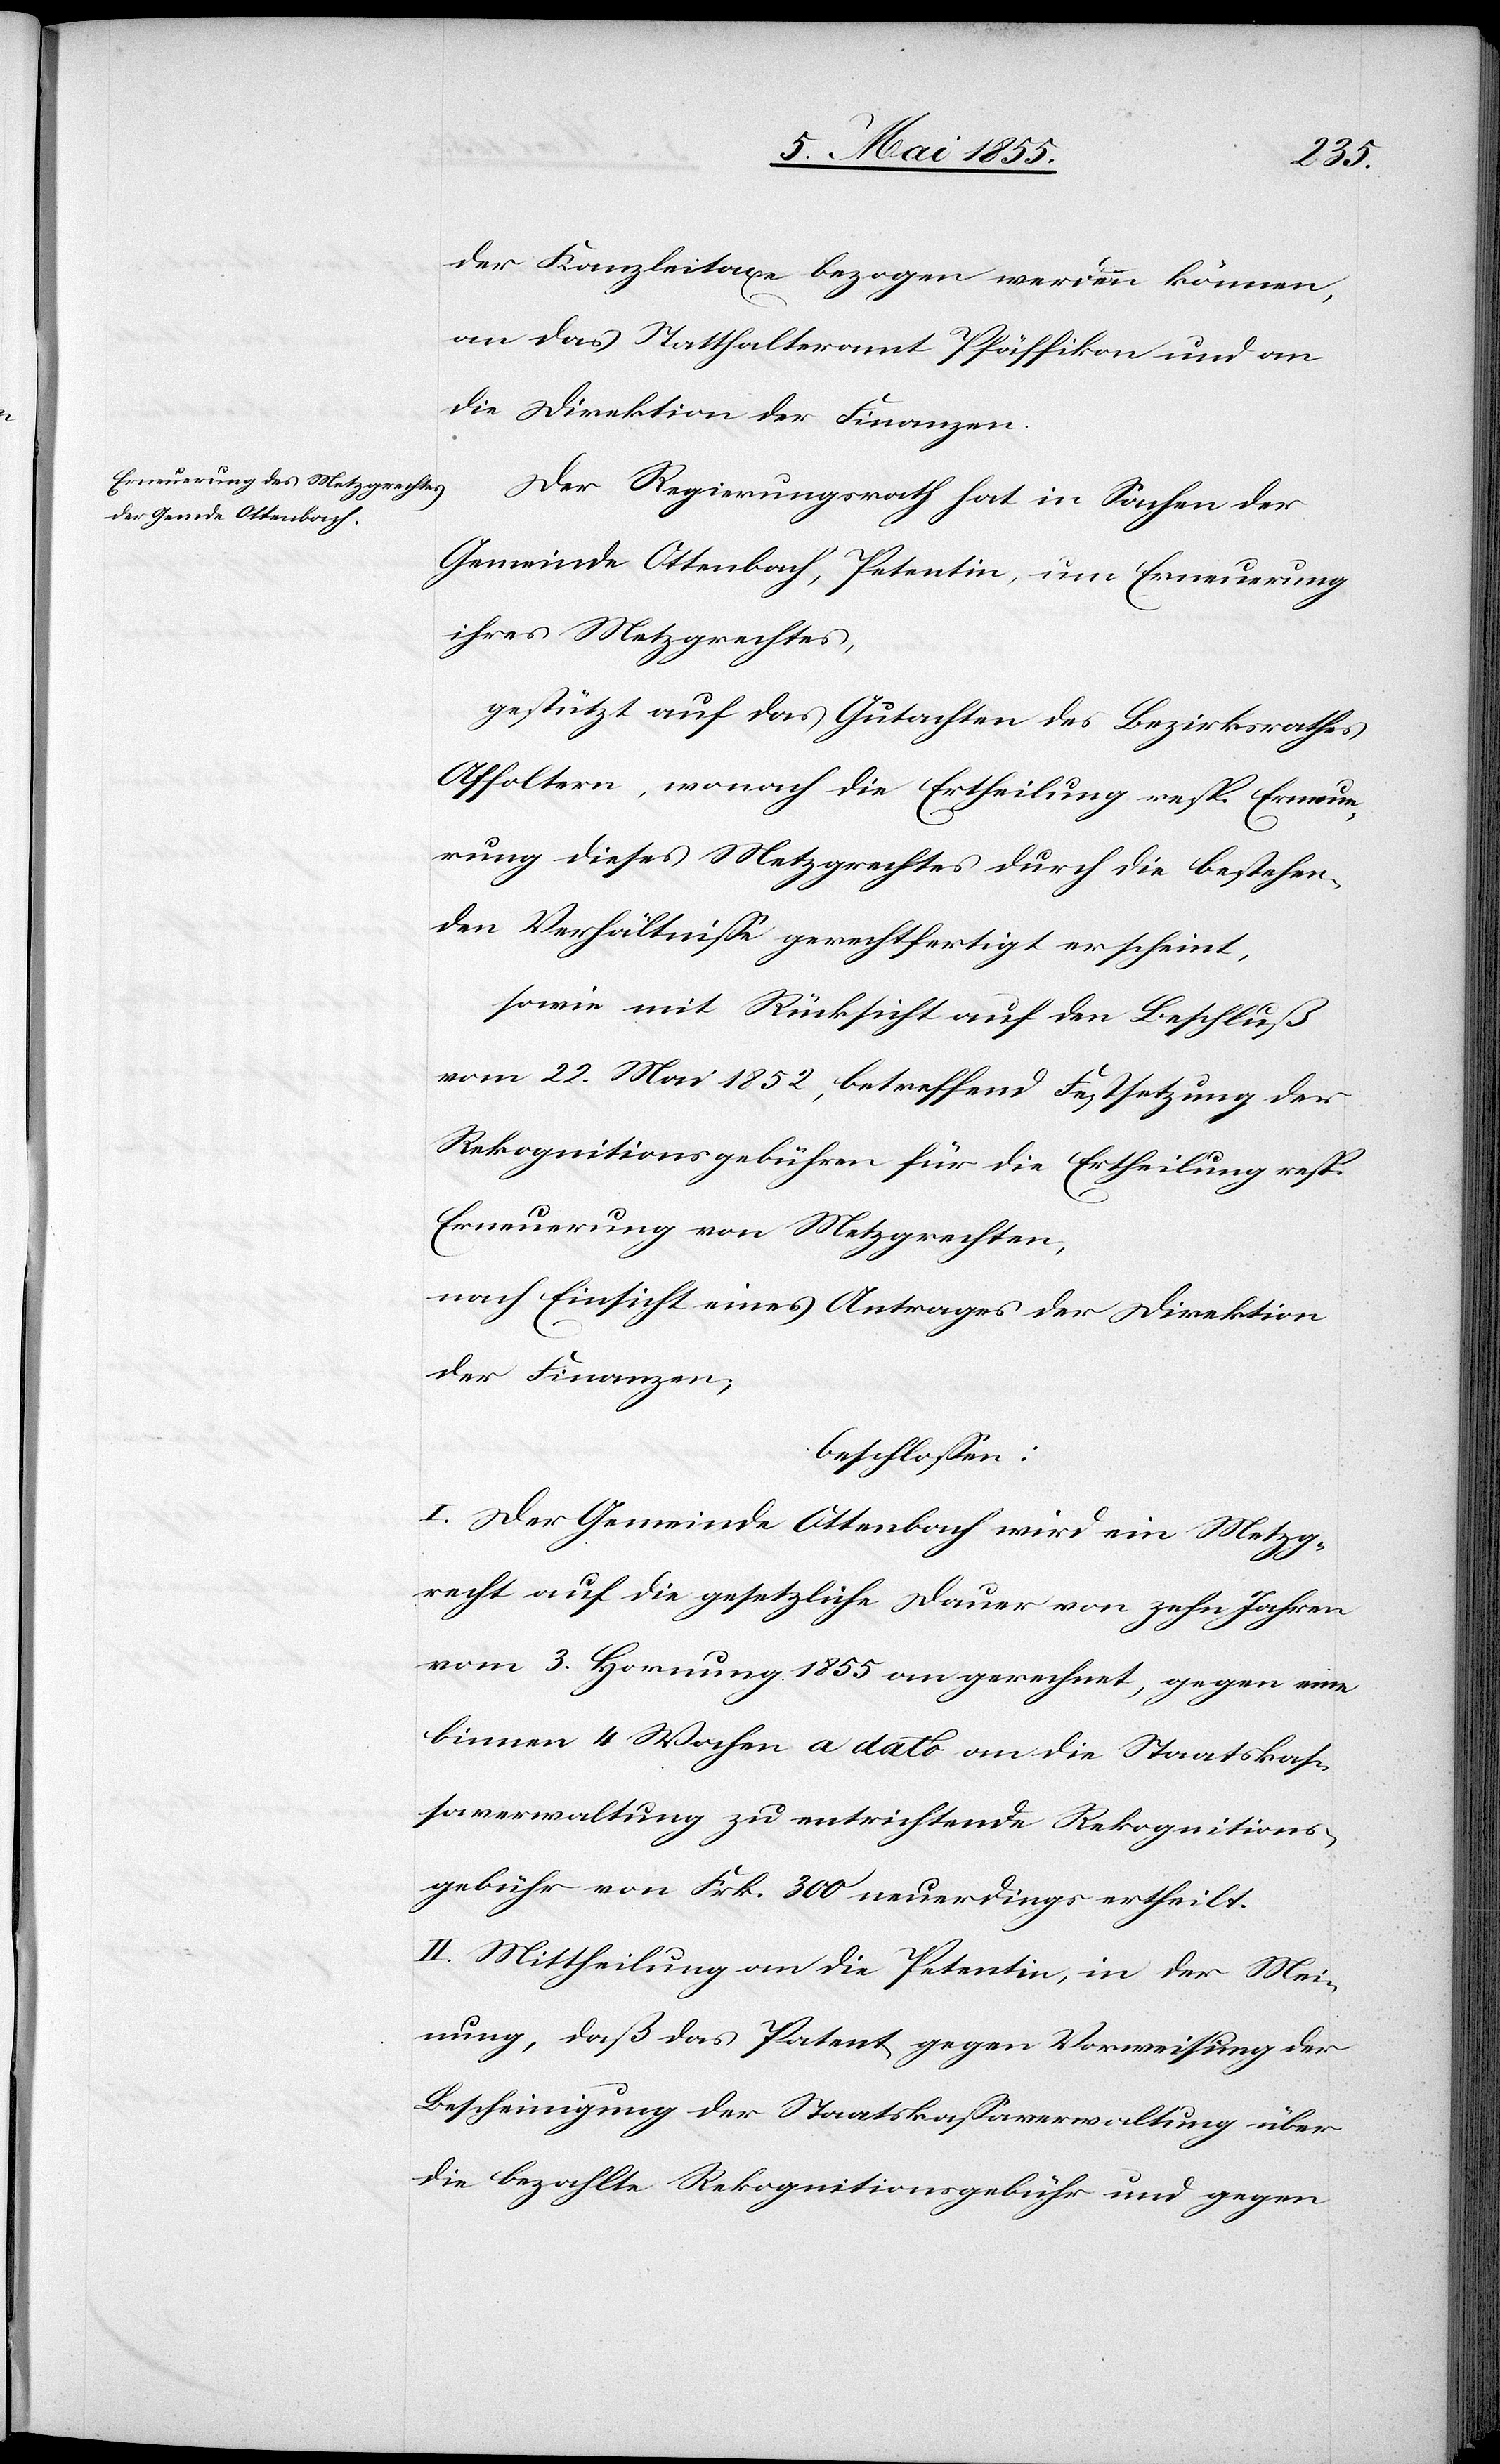
der Kanzleitaxe bezogen werden können,
an das Statthalteramt Pfäffikon und an
die Direktion der Finanzen.
Der Regierungsrath hat in Sachen der
Gemeinde Ottenbach, Petentin, um Erneuerung
ihres Metzgrechtes,
gestützt auf das Gutachten des Bezirksrathes
Affoltern, wonach die Ertheilung resp. Erneue¬
rung dieses Metzgrechtes durch die bestehen¬
den Verhältnisse gerechtfertigt erscheint,
sowie mit Rücksicht auf den Beschluß
vom 22. Mai 1852, betreffend Festsetzung der
Rekognitionsgebühren für die Ertheilung resp.
Erneuerung von Metzgrechten,
nach Einsicht eines Antrages der Direktion
der Finanzen;
beschlossen:
I. Der Gemeinde Ottenbach wird ein Metzg¬
recht auf die gesetzliche Dauer von zehn Jahren
vom 3. Hornung 1855 an gerechnet, gegen eine
binnen 4 Wochen a dato an die Staatskas¬
saverwaltung zu entrichtende Rekognitions¬
gebühr von Frk. 300 neuerdings ertheilt.
II. Mittheilung an die Petentin, in der Mei¬
nung, daß das Patent gegen Vorweisung der
Bescheinigung der Staatskassaverwaltung über
die bezahlte Rekognitionsgebühr und gegen